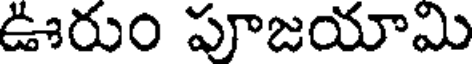
ఊరుం పూజయామి